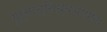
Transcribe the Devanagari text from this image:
गुरुसान्निध्यभाषणः